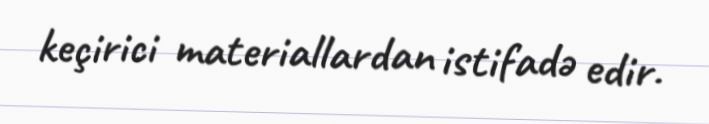
keçirici materiallardan istifadə edir.